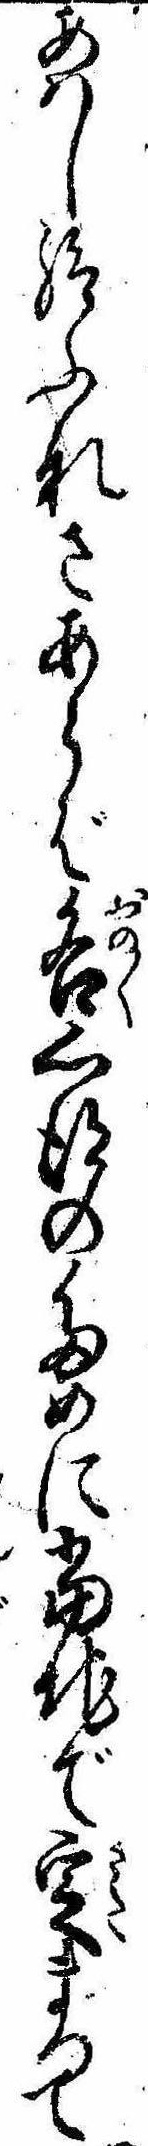
あはし給ふなさあらば各心得のために当地で定まつて